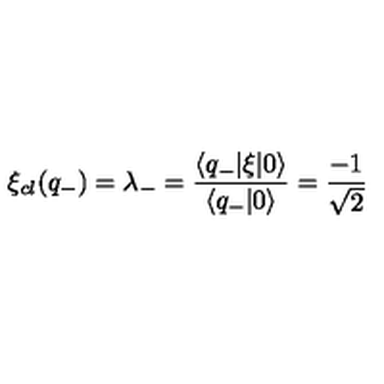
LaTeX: \xi _ { c l } ( q _ { - } ) = \lambda _ { - } = \frac { \langle q _ { - } | \xi | 0 \rangle } { \langle q _ { - } | 0 \rangle } = \frac { - 1 } { \sqrt { 2 } }